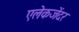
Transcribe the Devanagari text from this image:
एलेकजेंदर